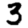
Digit: 3